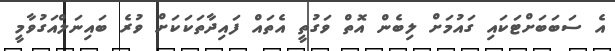
އެ ސަބަބަށްޓަކައި ގައުމަށް ލިބެން އޮތް ވަގުތީ އެތައް ފައިދާތަކަކަށް ވުރެ ބައިނަލްއަގުވާމީ